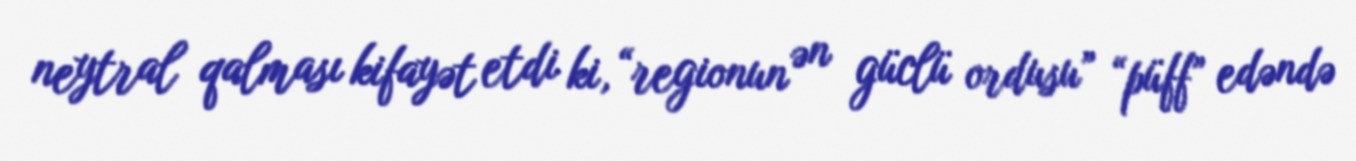
neytral qalması kifayət etdi ki, “regionun ən güclü ordusu” “püff” edəndə